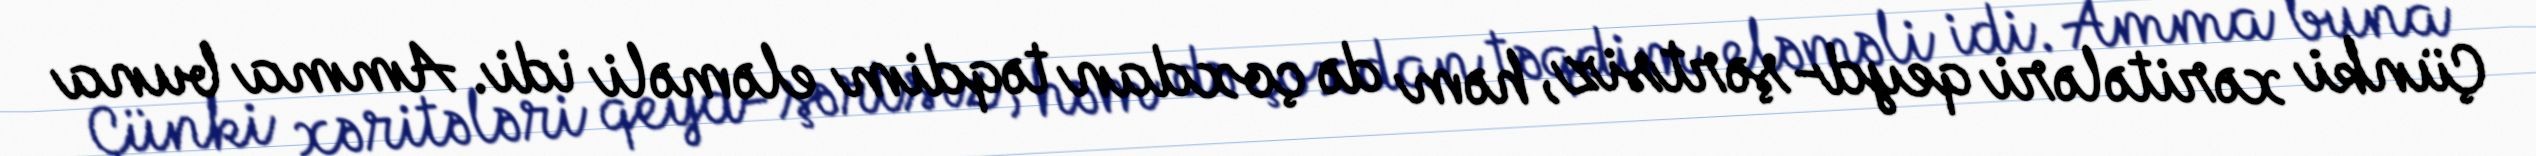
Çünki xəritələri qeyd-şərtsiz, həm də çoxdan təqdim eləməli idi. Amma buna